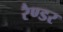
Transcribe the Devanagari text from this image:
रैण्डर